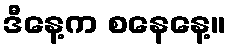
ဒီနေ့က စနေနေ့။